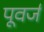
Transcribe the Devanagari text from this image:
पूवर्ज